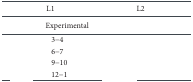
<table><thead><tr><td>[EMPTY_CELL]</td><td><b>L1</b></td><td><b>L2</b></td></tr></thead><tbody><tr><td>[EMPTY_CELL]</td><td>Experimental</td><td>[EMPTY_CELL]</td></tr><tr><td>[EMPTY_CELL]</td><td>3-4</td><td>[EMPTY_CELL]</td></tr><tr><td>[EMPTY_CELL]</td><td>6-7</td><td>[EMPTY_CELL]</td></tr><tr><td>[EMPTY_CELL]</td><td>9-10</td><td>[EMPTY_CELL]</td></tr><tr><td>[EMPTY_CELL]</td><td>12-1</td><td>[EMPTY_CELL]</td></tr></tbody></table>